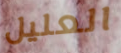
العليل